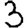
Digit: 3